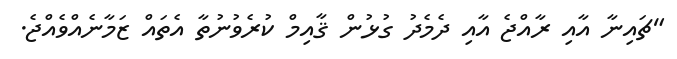
"ޗައިނާ އާއި ރާއްޖެ އާއި ދެމެދު ގުޅުން ޤާއިމް ކުރެވުނުތާ އެތައް ޒަމާނެއްވެއްޖެ.